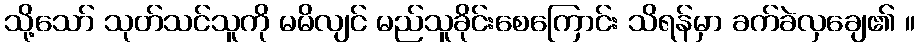
သို့သော် သုတ်သင်သူကို မမိလျင် မည်သူခိုင်းစေကြောင်း သိရန်မှာ ခက်ခဲလှချေ၏ ။